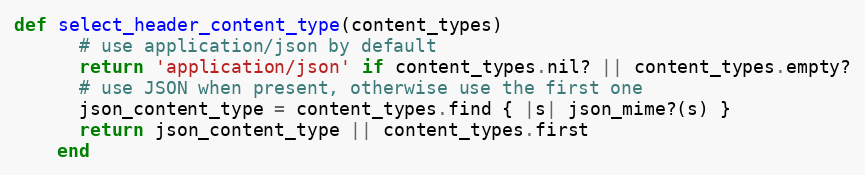
Language: Ruby
def select_header_content_type(content_types)
      # use application/json by default
      return 'application/json' if content_types.nil? || content_types.empty?
      # use JSON when present, otherwise use the first one
      json_content_type = content_types.find { |s| json_mime?(s) }
      return json_content_type || content_types.first
    end